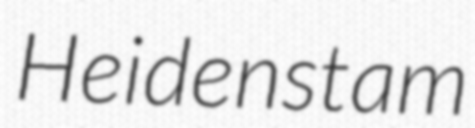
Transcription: Heidenstam